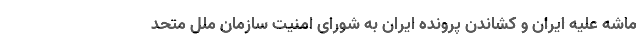
ماشه علیه ایران و کشاندن پرونده ایران به شورای امنیت سازمان ملل متحد